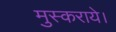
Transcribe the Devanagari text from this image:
मुस्कराये।